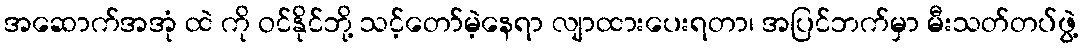
အဆောက်အအုံ ထဲ ကို ဝင်နိုင်ဘို့ သင့်တော်မဲ့နေရာ လျာထားပေးရတာ၊ အပြင်ဘက်မှာ မီးသတ်တပ်ဖွဲ့